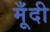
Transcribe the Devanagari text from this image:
मूँदी